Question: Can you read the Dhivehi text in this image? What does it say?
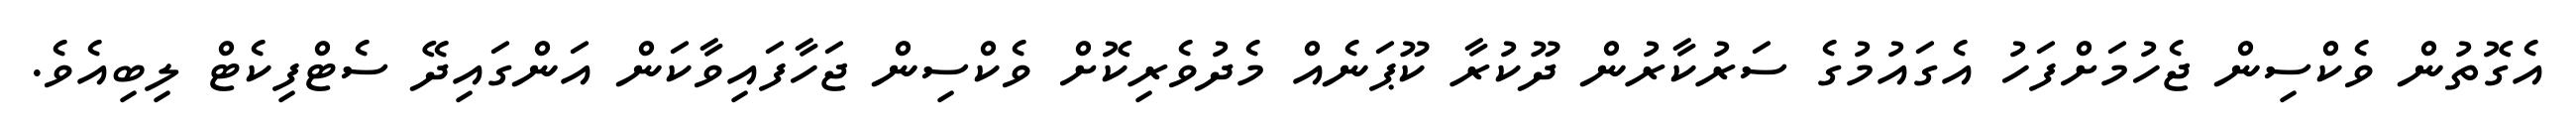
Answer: އެގޮތުން ވެކްސިން ޖެހުމަށްފަހު އެގައުމުގެ ސަރުކާރުން ދޫކުރާ ކޫޕަނެއް މެދުވެރިކޮށް ވެކްސިން ޖަހާފައިވާކަން އަންގައިދޭ ސެޓްފިކެޓް ލިބިއެވެ.